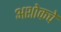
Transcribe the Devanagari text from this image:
अशोकचे